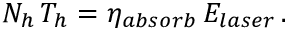
N _ { h } \, T _ { h } = \eta _ { a b s o r b } \, E _ { l a s e r } \, .